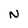
Character: N